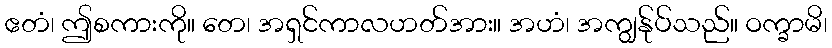
ဧတံ၊ ဤစကားကို။ တေ၊ အရှင်ကာလဟတ်အား။ အဟံ၊ အကျွန်ုပ်သည်။ ဝက္ခာမိ၊